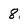
Character: 8